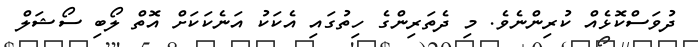
ދުވަސްކޮޅެއް ކުރިންނެވެ. މި ދެތަރިންގެ ހިތުގައި އެކަކު އަނެކަކަށް އޮތް ލޯބި ސޯޝަލް